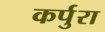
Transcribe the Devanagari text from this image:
कर्पुरा